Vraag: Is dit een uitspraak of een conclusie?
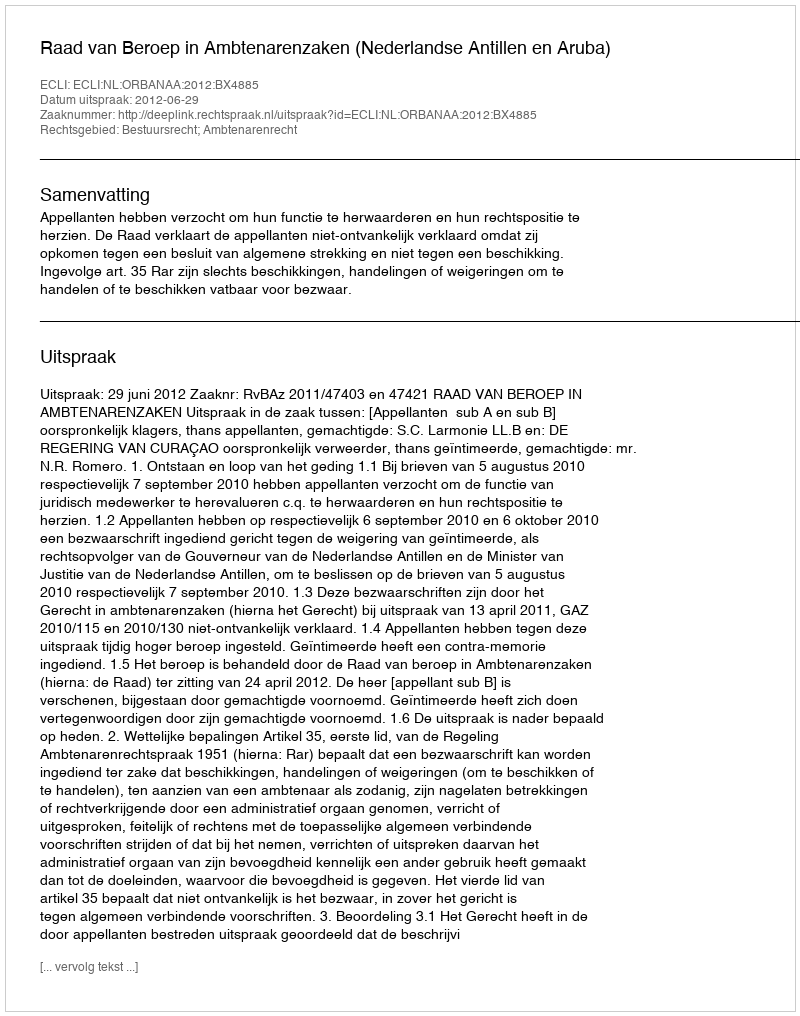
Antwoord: Uitspraak